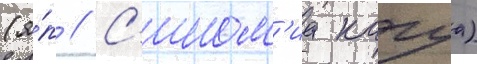
(я́п // С'ином'иа кагуа)